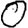
Digit: 0